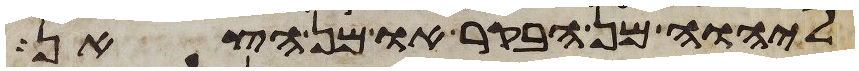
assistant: ליהוה מן הבקר או מן הצאן